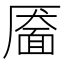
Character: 靥